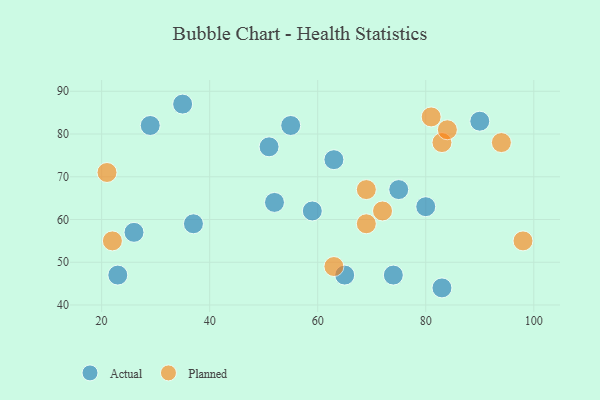
{"axis": {"x": "GDP", "y": "Life Expectancy"}, "legend": ["Actual", "Planned"], "data": [{"x": "23", "y": 47, "type": "Actual"}, {"x": "51", "y": 77, "type": "Actual"}, {"x": "83", "y": 44, "type": "Actual"}, {"x": "52", "y": 64, "type": "Actual"}, {"x": "90", "y": 83, "type": "Actual"}, {"x": "80", "y": 63, "type": "Actual"}, {"x": "37", "y": 59, "type": "Actual"}, {"x": "35", "y": 87, "type": "Actual"}, {"x": "55", "y": 82, "type": "Actual"}, {"x": "59", "y": 62, "type": "Actual"}, {"x": "65", "y": 47, "type": "Actual"}, {"x": "63", "y": 74, "type": "Actual"}, {"x": "29", "y": 82, "type": "Actual"}, {"x": "26", "y": 57, "type": "Actual"}, {"x": "75", "y": 67, "type": "Actual"}, {"x": "74", "y": 47, "type": "Actual"}, {"x": "21", "y": 71, "type": "Planned"}, {"x": "72", "y": 62, "type": "Planned"}, {"x": "63", "y": 49, "type": "Planned"}, {"x": "94", "y": 78, "type": "Planned"}, {"x": "83", "y": 78, "type": "Planned"}, {"x": "69", "y": 59, "type": "Planned"}, {"x": "22", "y": 55, "type": "Planned"}, {"x": "84", "y": 81, "type": "Planned"}, {"x": "81", "y": 84, "type": "Planned"}, {"x": "69", "y": 67, "type": "Planned"}, {"x": "98", "y": 55, "type": "Planned"}]}